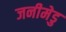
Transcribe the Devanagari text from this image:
जनीमेडु